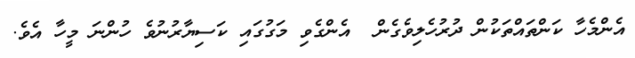
އެންމެހާ ކަންތައްތަކުން ދުރުހެލިވެގެން  އެންގެވި މަގުގައި ކަސިޔާރުނުވެ ހުންނަ މީހާ އެވެ.